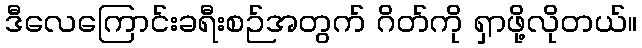
ဒီလေကြောင်းခရီးစဉ်အတွက် ဂိတ်ကို ရှာဖို့လိုတယ်။